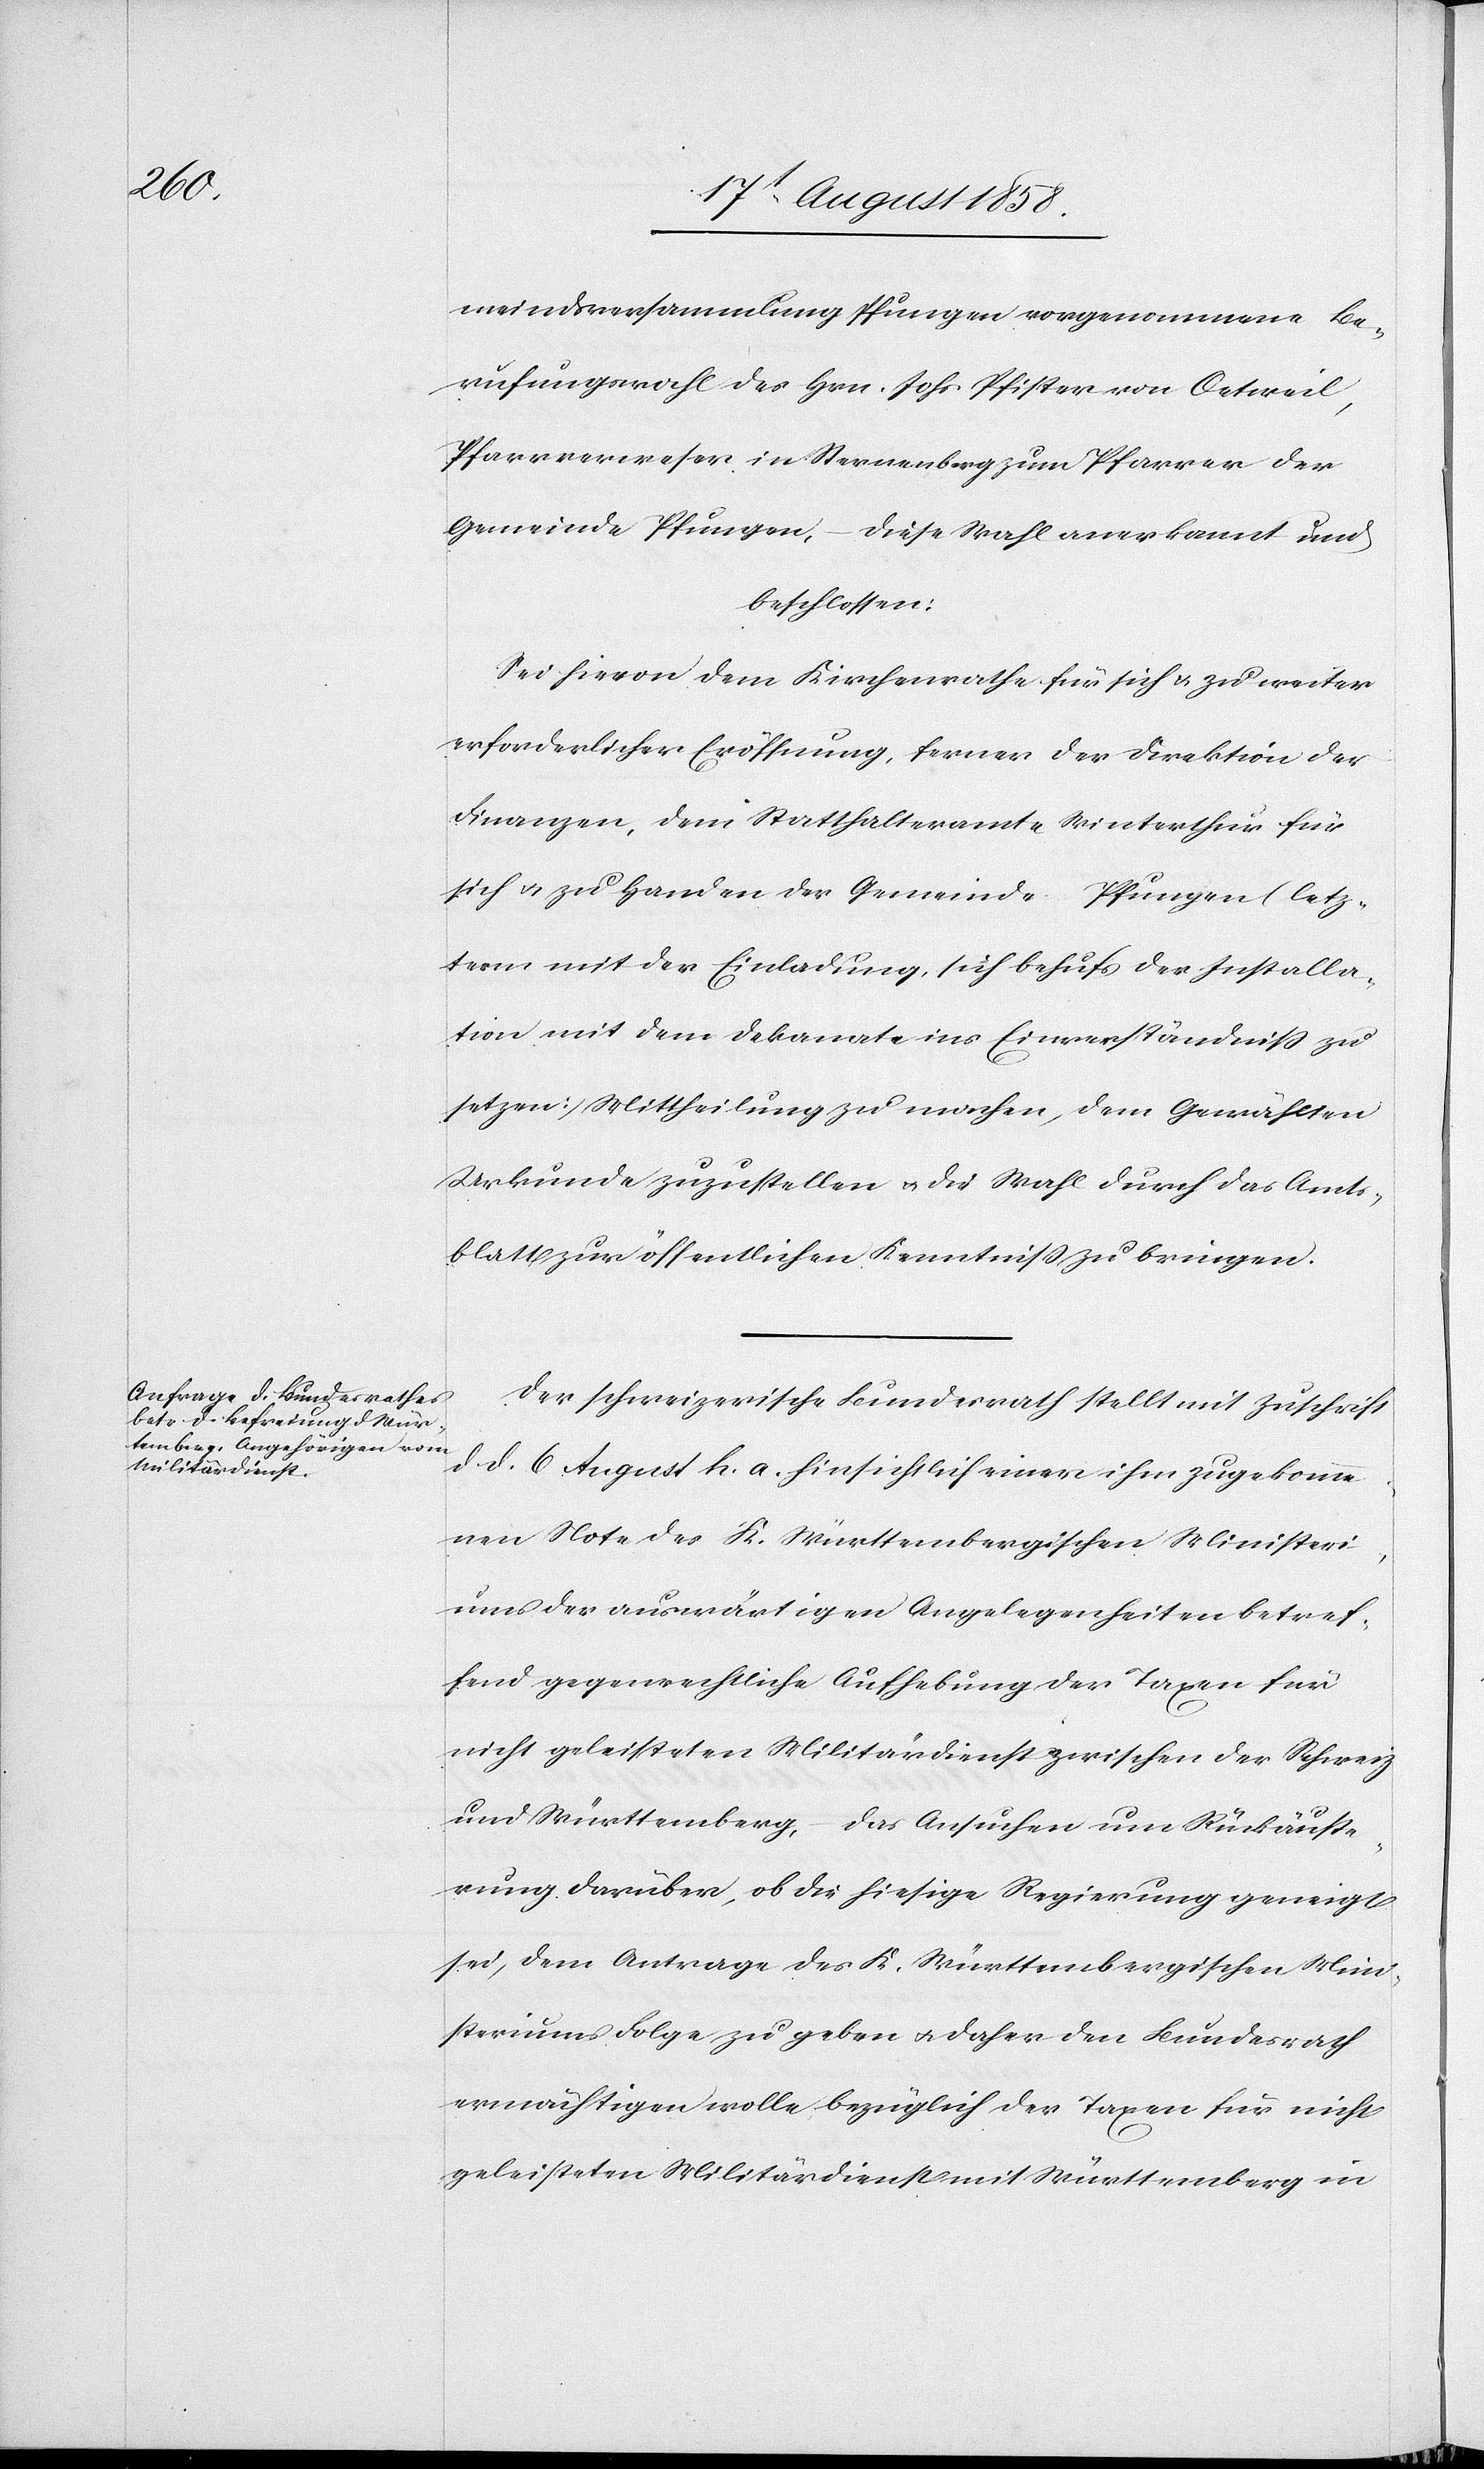
meindsversammlung Pfungen vorgenommene Be¬
rufungswahl des Hrn. Johs. Pfister von Oetweil,
Pfarrverweser in Sternenberg zum Pfarrer der
Gemeinde Pfungen, – diese Wahl anerkannt und
beschlossen:
Sei hievon dem Kirchenrathe für sich & zu weiter
erforderlicher Eröffnung, ferner der Direktion der
Finanzen, dem Statthalteramte Winterthur für
sich & zu Handen der Gemeinde Pfungen (letz¬
term mit der Einladung, sich behufs der Installa¬
tion mit dem Dekanate ins Einverständniss zu
setzen) Mittheilung zu machen, dem Gewählten
Urkunde zuzustellen & die Wahl durch das Amts¬
blatt zur öffentlichen Kenntniss zu bringen.
Der schweizerische Bundesrath stellt mit Zuschrift
d. d. 6 August h. a. hinsichtlich einer ihm zugekomme¬
nen Note des K. Württembergischen Ministeri¬
ums der auswärtigen Angelegenheiten betref¬
fend gegenrechtliche Aufhebung der Taxen für
nicht geleisteten Militärdienst zwischen der Schweiz
und Württemberg, – das Ansuchen um Rückäusse¬
rung darüber, ob die hiesige Regierung geneigt
sei, dem Antrage des K. Württembergischen Mini¬
steriums Folge zu geben & daher den Bundesrath
ermächtigen wolle, bezüglich der Taxen für nicht
geleisteten Militärdienst mit Württemberg in